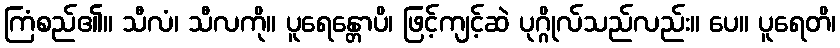
ကြံစည်၏။ သီလံ၊ သီလကို။ ပူရေန္တောပိ၊ ဖြင့်ကျင့်ဆဲ ပုဂ္ဂိုလ်သည်လည်း။ ပေ။ ပူရေတိ၊